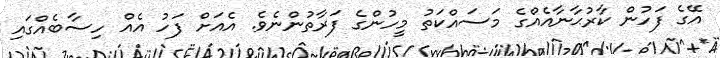
އޭގެ ފަހުން ކާރުޙާނާއެއްގެ މަސައްކަތު މީހުންގެ ފަރާތުންނެވެ. އެއަށް ފަހު އެއް ހިސާބެއްގައި